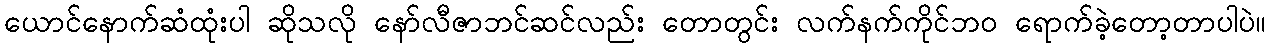
ယောင်နောက်ဆံထုံးပါ ဆိုသလို နော်လီဇာဘင်ဆင်လည်း တောတွင်း လက်နက်ကိုင်ဘဝ ရောက်ခဲ့တော့တာပါပဲ။